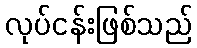
လုပ်ငန်းဖြစ်သည်